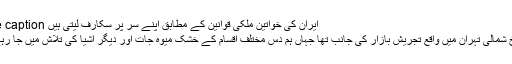
Image caption ایران کی خواتین ملکی قوانین کے مطابق اپنے سر پر سکارف لیتی ہیں
ہمارا رخ شمالی تہران میں واقع تجریش بازار کی جانب تھا جہاں ہم دس مختلف اقسام کے خشک میوہ جات اور دیگر اشیا کی تلاش میں جا رہے تھے۔